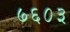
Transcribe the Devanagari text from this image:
७६०३